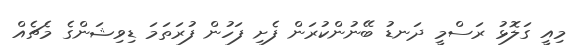
މިއީ ގަލޮޅު ރަސްމީ ދަނޑު ބޭނުންކުރަން ފެށި ފަހުން ފުރަތަމަ ޑިވިޝަންގެ މެޗެއް